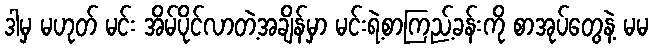
ဒါမှ မဟုတ် မင်း အိမ်ပိုင်လာတဲ့အချိန်မှာ မင်းရဲ့စာကြည့်ခန်းကို စာအုပ်တွေနဲ့ မမ